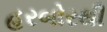
હરબોરથી